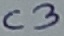
Text: C3